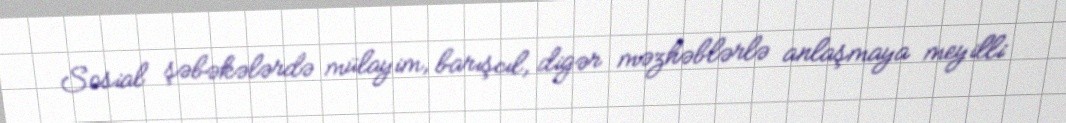
Sosial şəbəkələrdə mülayim, barışcıl, digər məzhəblərlə anlaşmaya meyilli